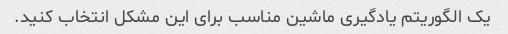
یک الگوریتم یادگیری ماشین مناسب برای این مشکل انتخاب کنید.